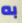
به